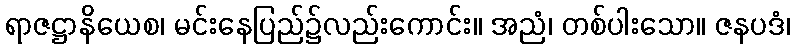
ရာဇဋ္ဌာနိယေစ၊ မင်းနေပြည်၌လည်းကောင်း။ အညံ၊ တစ်ပါးသော။ ဇနပဒံ၊